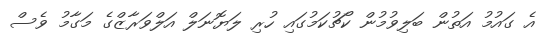
އެ ގައުމު އަތުން ބަލިވުމުން ކޯޗުކަމުގައި ހުރި ލަޔޮނަލް އަލްވަރާޒްގެ މަގާމު ވެސް